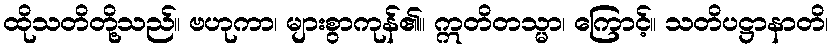
ထိုသတိတို့သည်။ ဗဟုကာ၊ များစွာကုန်၏။ ဣတိတသ္မာ၊ ကြောင့်။ သတိပဋ္ဌာနာတိ၊